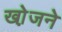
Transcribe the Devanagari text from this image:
खो़जने